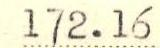
172.16